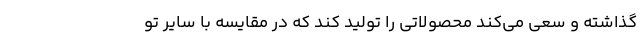
گذاشته و سعی می‌کند محصولاتی را تولید کند که در مقایسه با سایر تو